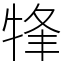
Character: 㸼